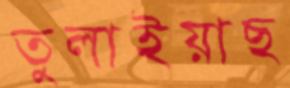
তুলাইয়াছ